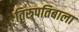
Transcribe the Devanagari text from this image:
तिरुपतिबाला